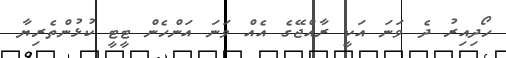
ހޯދިއިރު ދެ ވަނަ އަކީ ރާއްޖޭގެ އެއް ވަނަ އަންހެން ޓީޓީ ކުޅުންތެރިޔާ